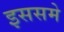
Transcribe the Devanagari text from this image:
इससमे